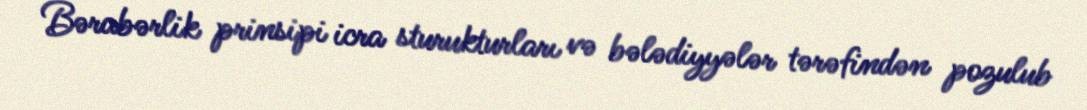
Bərabərlik prinsipi icra sturukturları və bələdiyyələr tərəfindən pozulub